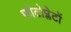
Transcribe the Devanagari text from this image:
फोटोप्लेटों